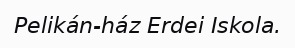
Pelikán-ház Erdei Iskola.